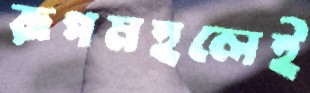
রূপমহলেই